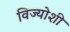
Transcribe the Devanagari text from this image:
विज्योशी